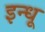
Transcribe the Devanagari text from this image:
इन्धू